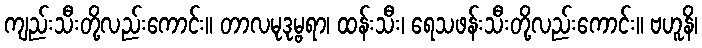
ကျည်းသီးတို့လည်းကောင်း။ တာလမုဒုမ္ဗရာ၊ ထန်းသီး၊ ရေသဖန်းသီးတို့လည်းကောင်း။ ဗဟူနိ၊